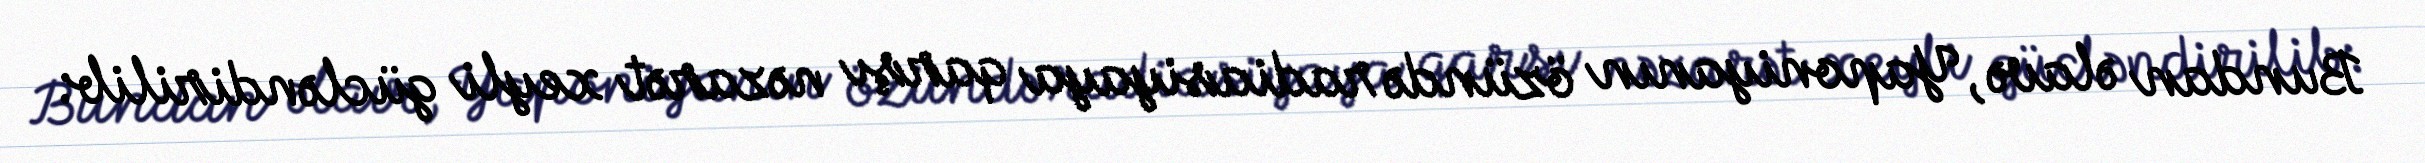
Bundan əlavə, Yaponiyanın özündə radiasiyaya qarşı nəzarət xeyli gücləndirilib: